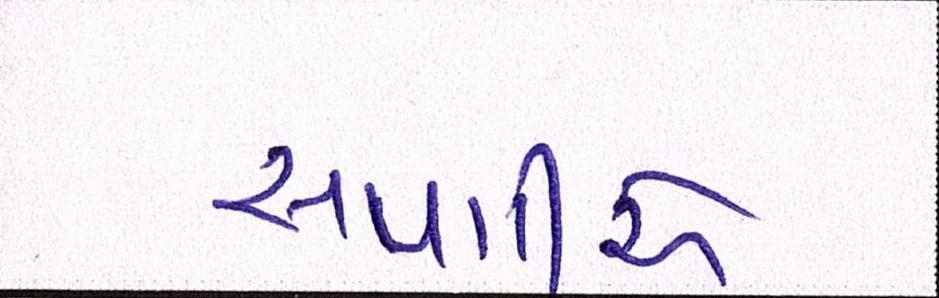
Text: સપાટીએ